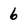
Character: 6